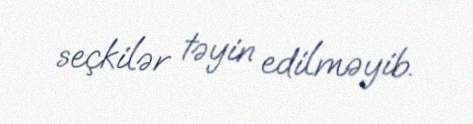
seçkilər təyin edilməyib.